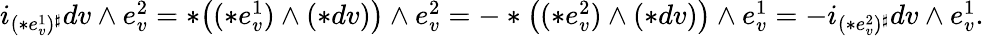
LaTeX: \begin{array}{r}{i_{(\ast e_{v}^{1})^{\sharp}}dv\wedge e_{v}^{2}=\ast\big((\ast e_{v}^{1})\wedge(\ast dv)\big)\wedge e_{v}^{2}=-\ast\big((\ast e_{v}^{2})\wedge(\ast dv)\big)\wedge e_{v}^{1}=-i_{(\ast e_{v}^{2})^{\sharp}}dv\wedge e_{v}^{1}.}\end{array}